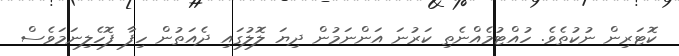
ކޮޓަރިން ނުކުތެވެ. ހުއްޓުމެއްނެތި ކަރުނަ އަންނަމުން ދިޔަ ލޮލުގައި ދެއަތުން ހިފާ ފޮހެލިނަމަވެސް